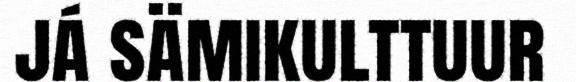
já sämikulttuur